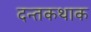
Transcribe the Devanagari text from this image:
दन्तकथाक